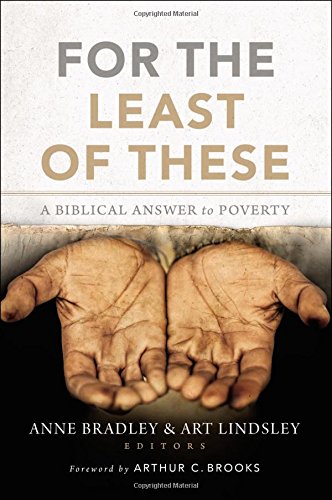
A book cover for For the Least of These: A Biblical Answer to Poverty; Christian Books & Bibles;